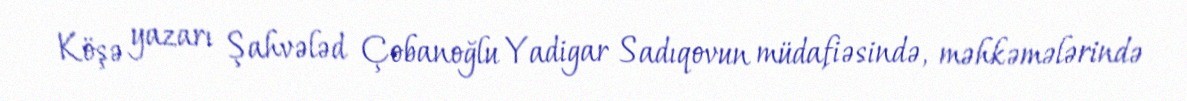
Köşə yazarı Şahvələd Çobanoğlu Yadigar Sadıqovun müdafiəsində, məhkəmələrində